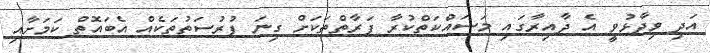
އަދި ވިދާޅުވީ އެ ދާއިރާގައި މަސައްކަތްކުރާ ފަރާތްތަކަށް ގިނަ ފުރުސަތުތަކެއް އެބައޮތް ކަމަށާއި